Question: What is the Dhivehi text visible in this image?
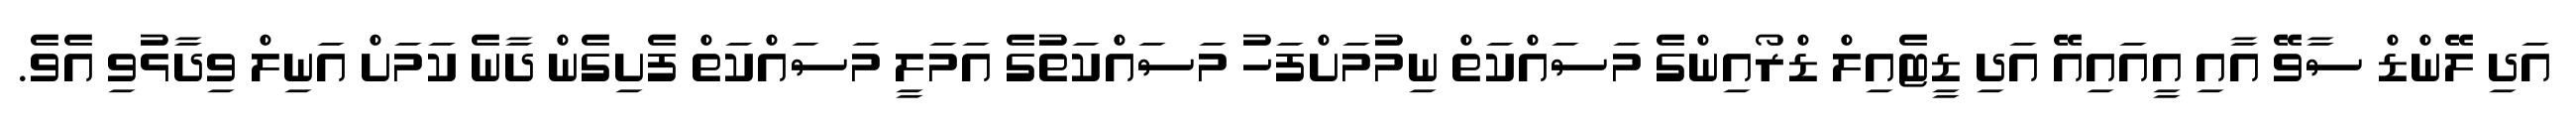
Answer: އަދި ލޭންޑް ސާވޭ އާއި އީއައިއޭ އަދި ޑީޓެއިލް ޑްރޯއިންގެ މަސައްކަތް ނިމުމަށްފަހު މަސައްކަތުގެ އަމަލީ މަސައްކަތް ފެށިގެން ދާނެ ކަމަށް އަނިލް ވިދާޅުވި އެވެ.